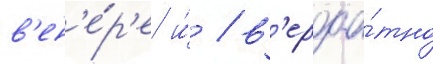
в'ен'е́р'е и́ / в'ероа́тно